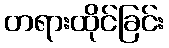
တရားထိုင်ခြင်း